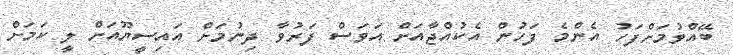
ބޭއްވުމަށްފަހު އެންމެ ފަހުން އެކުއްޖާއަށް އަވަސް ފަރުވާ ދިނުމަށް އައިސީޔޫއަށް ލީ ކަމަށް